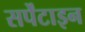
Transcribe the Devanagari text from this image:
सर्पेंटाइन